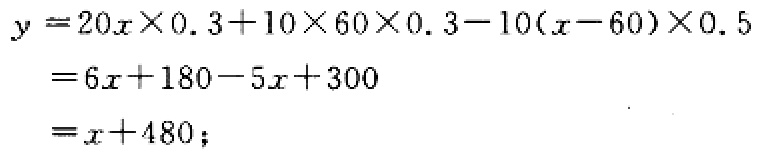
\[
\begin{align*}
y&=20x\times0.3 + 10\times60\times0.3-10(x - 60)\times0.5\\
&=6x + 180-5x + 300\\
&=x + 480;
\end{align*}
\]